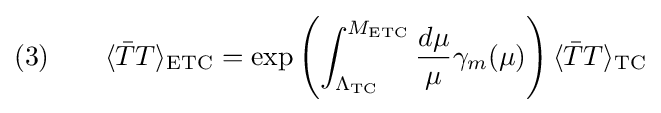
(3)\qquad \langle {\bar {T}}T\rangle _{\text{ETC}}=\exp {\left(\int _{\Lambda _{\text{TC}}}^{M_{\text{ETC}}}{\frac {d\mu }{\mu }}\gamma _{m}(\mu )\right)}\,\langle {\bar {T}}T\rangle _{\text{TC}}